Riigikantselei, lk 388
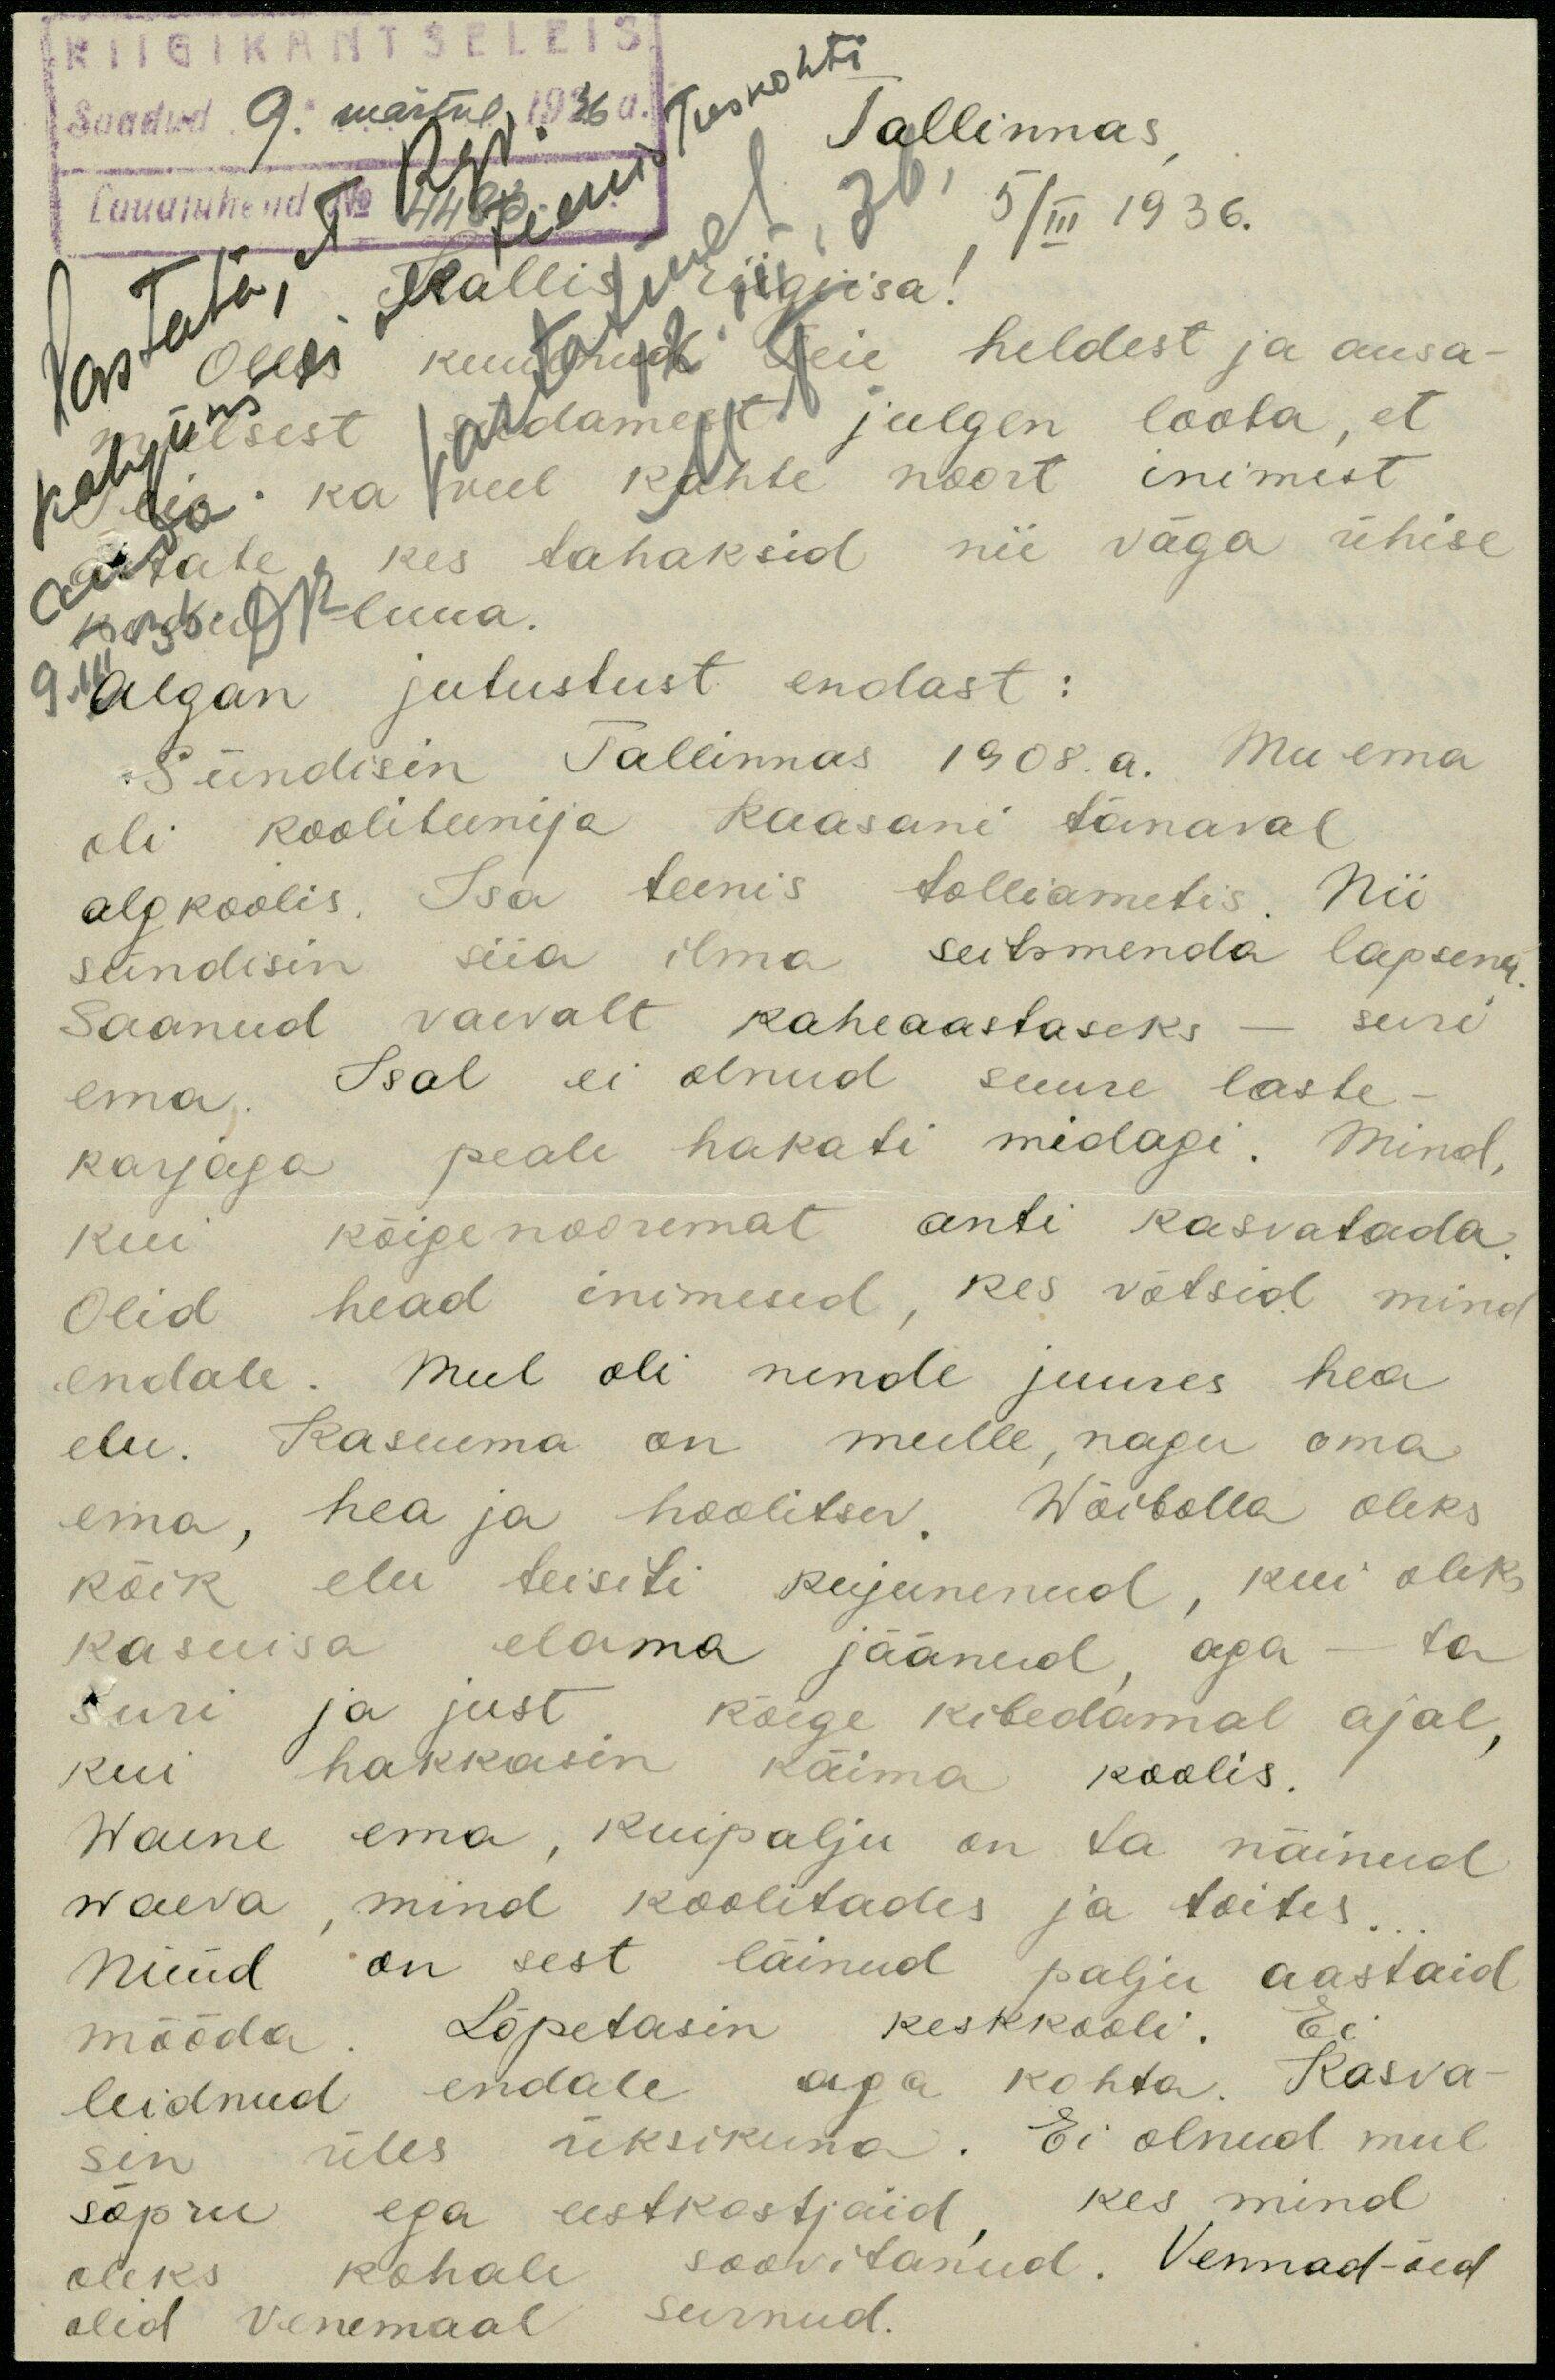
RIIGIKANTSELEIS
Saadud "9." märtsil 1936 a.
Tallinnas
Algan jutustust endast:
Sündisin Tallinnas 1908. a. Mu ema
oli kooliteenija Kaasani tänaval
algkoolis. Isa teenis tolliametis. Nii
sündisin siia ilma seitsmenda lapsena
Saanud vaevalt kaheaastaseks - suri
ema. Isal ei olnud suure laste-
karjaga peale hakati midagi. Mind
kui kõige nooremat anti kasvatada
Olid head inimesed, kes võtsid mind
endale. Mul oli nende juures hea
elu. Kasuma on mulle, nagu oma
ema, hea ja hoolitsev. Wõibolla oleks
kõik elu teisiti kujunenud, kui oleks
kasuisa elama jäänud, aga - ta
suri ja just kõige kibedamal ajal,
kui hakkasin käima koolis.
Waene ema, kuipalju on ta näinud
waeva, mind koolitades ja toites.
Nüüd on sest läinud palju aastaid
mööda. Lõpetasin keskkooli. Ei
leidnud endale aga kohta. Kasva-
sin üles üksikuna. Ei olnud mul
sõpru ega eestkostjaid, kes mind
oleks kohale soovitanud. Vennad-õed
olid Venemaal surnud.